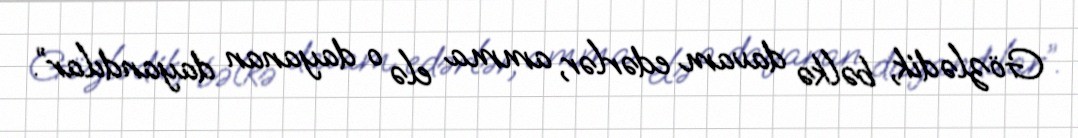
Gözlədik, bəlkə davam edərlər, amma elə o dayanan dayandılar”.